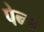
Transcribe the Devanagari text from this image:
पेन्क